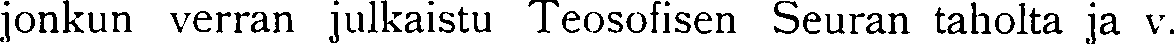
jonkun verran julkaistu Teosofisen Seuran taholta ja v.